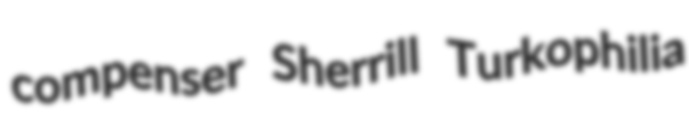
compenser Sherrill Turkophilia